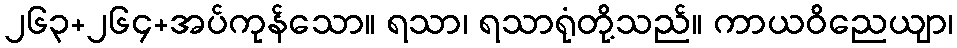
၂၆၃+၂၆၄+အပ်ကုန်သော။ ရသာ၊ ရသာရုံတို့သည်။ ကာယဝိညေယျာ၊